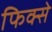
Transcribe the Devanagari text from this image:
फिक्से